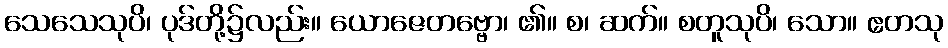
သေသေသုပိ၊ ပုဒ်တို့၌လည်း။ ယောဇေတဗ္ဗော၊ ၏။ စ၊ ဆက်။ စတူသုပိ၊ သော။ ဧတသု